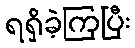
ရရှိခဲ့ကြပြီး